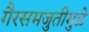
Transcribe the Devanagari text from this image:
गैरसमजुतीमुळे